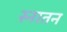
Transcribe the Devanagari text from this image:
स्नातन